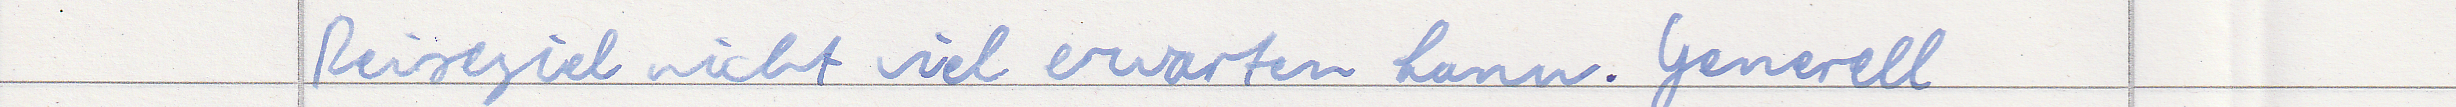
Reiseziel nicht viel erwarten kann. Generell